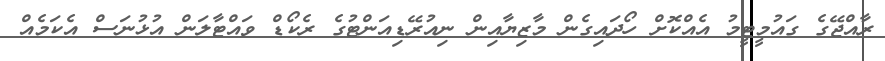
ރާއްޖޭގެ ގައުމީޓީމު އެއްކޮށް ހޯދައިގެން މާޒިޔާއިން ނިއުރޭޑިއަންޓުގެ ރެކޯޑް ވައްޓާލަން އުޅުނަސް އެކަމެއް